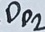
Text: Dp2